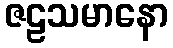
ဇဠသမာနော